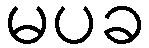
မပခ